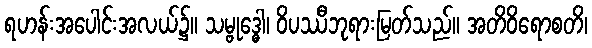
ရဟန်းအပေါင်းအလယ်၌။ သမ္ဗုဒ္ဓေါ၊ ဝိပဿီဘုရားမြတ်သည်။ အတိဝိရောစတိ၊